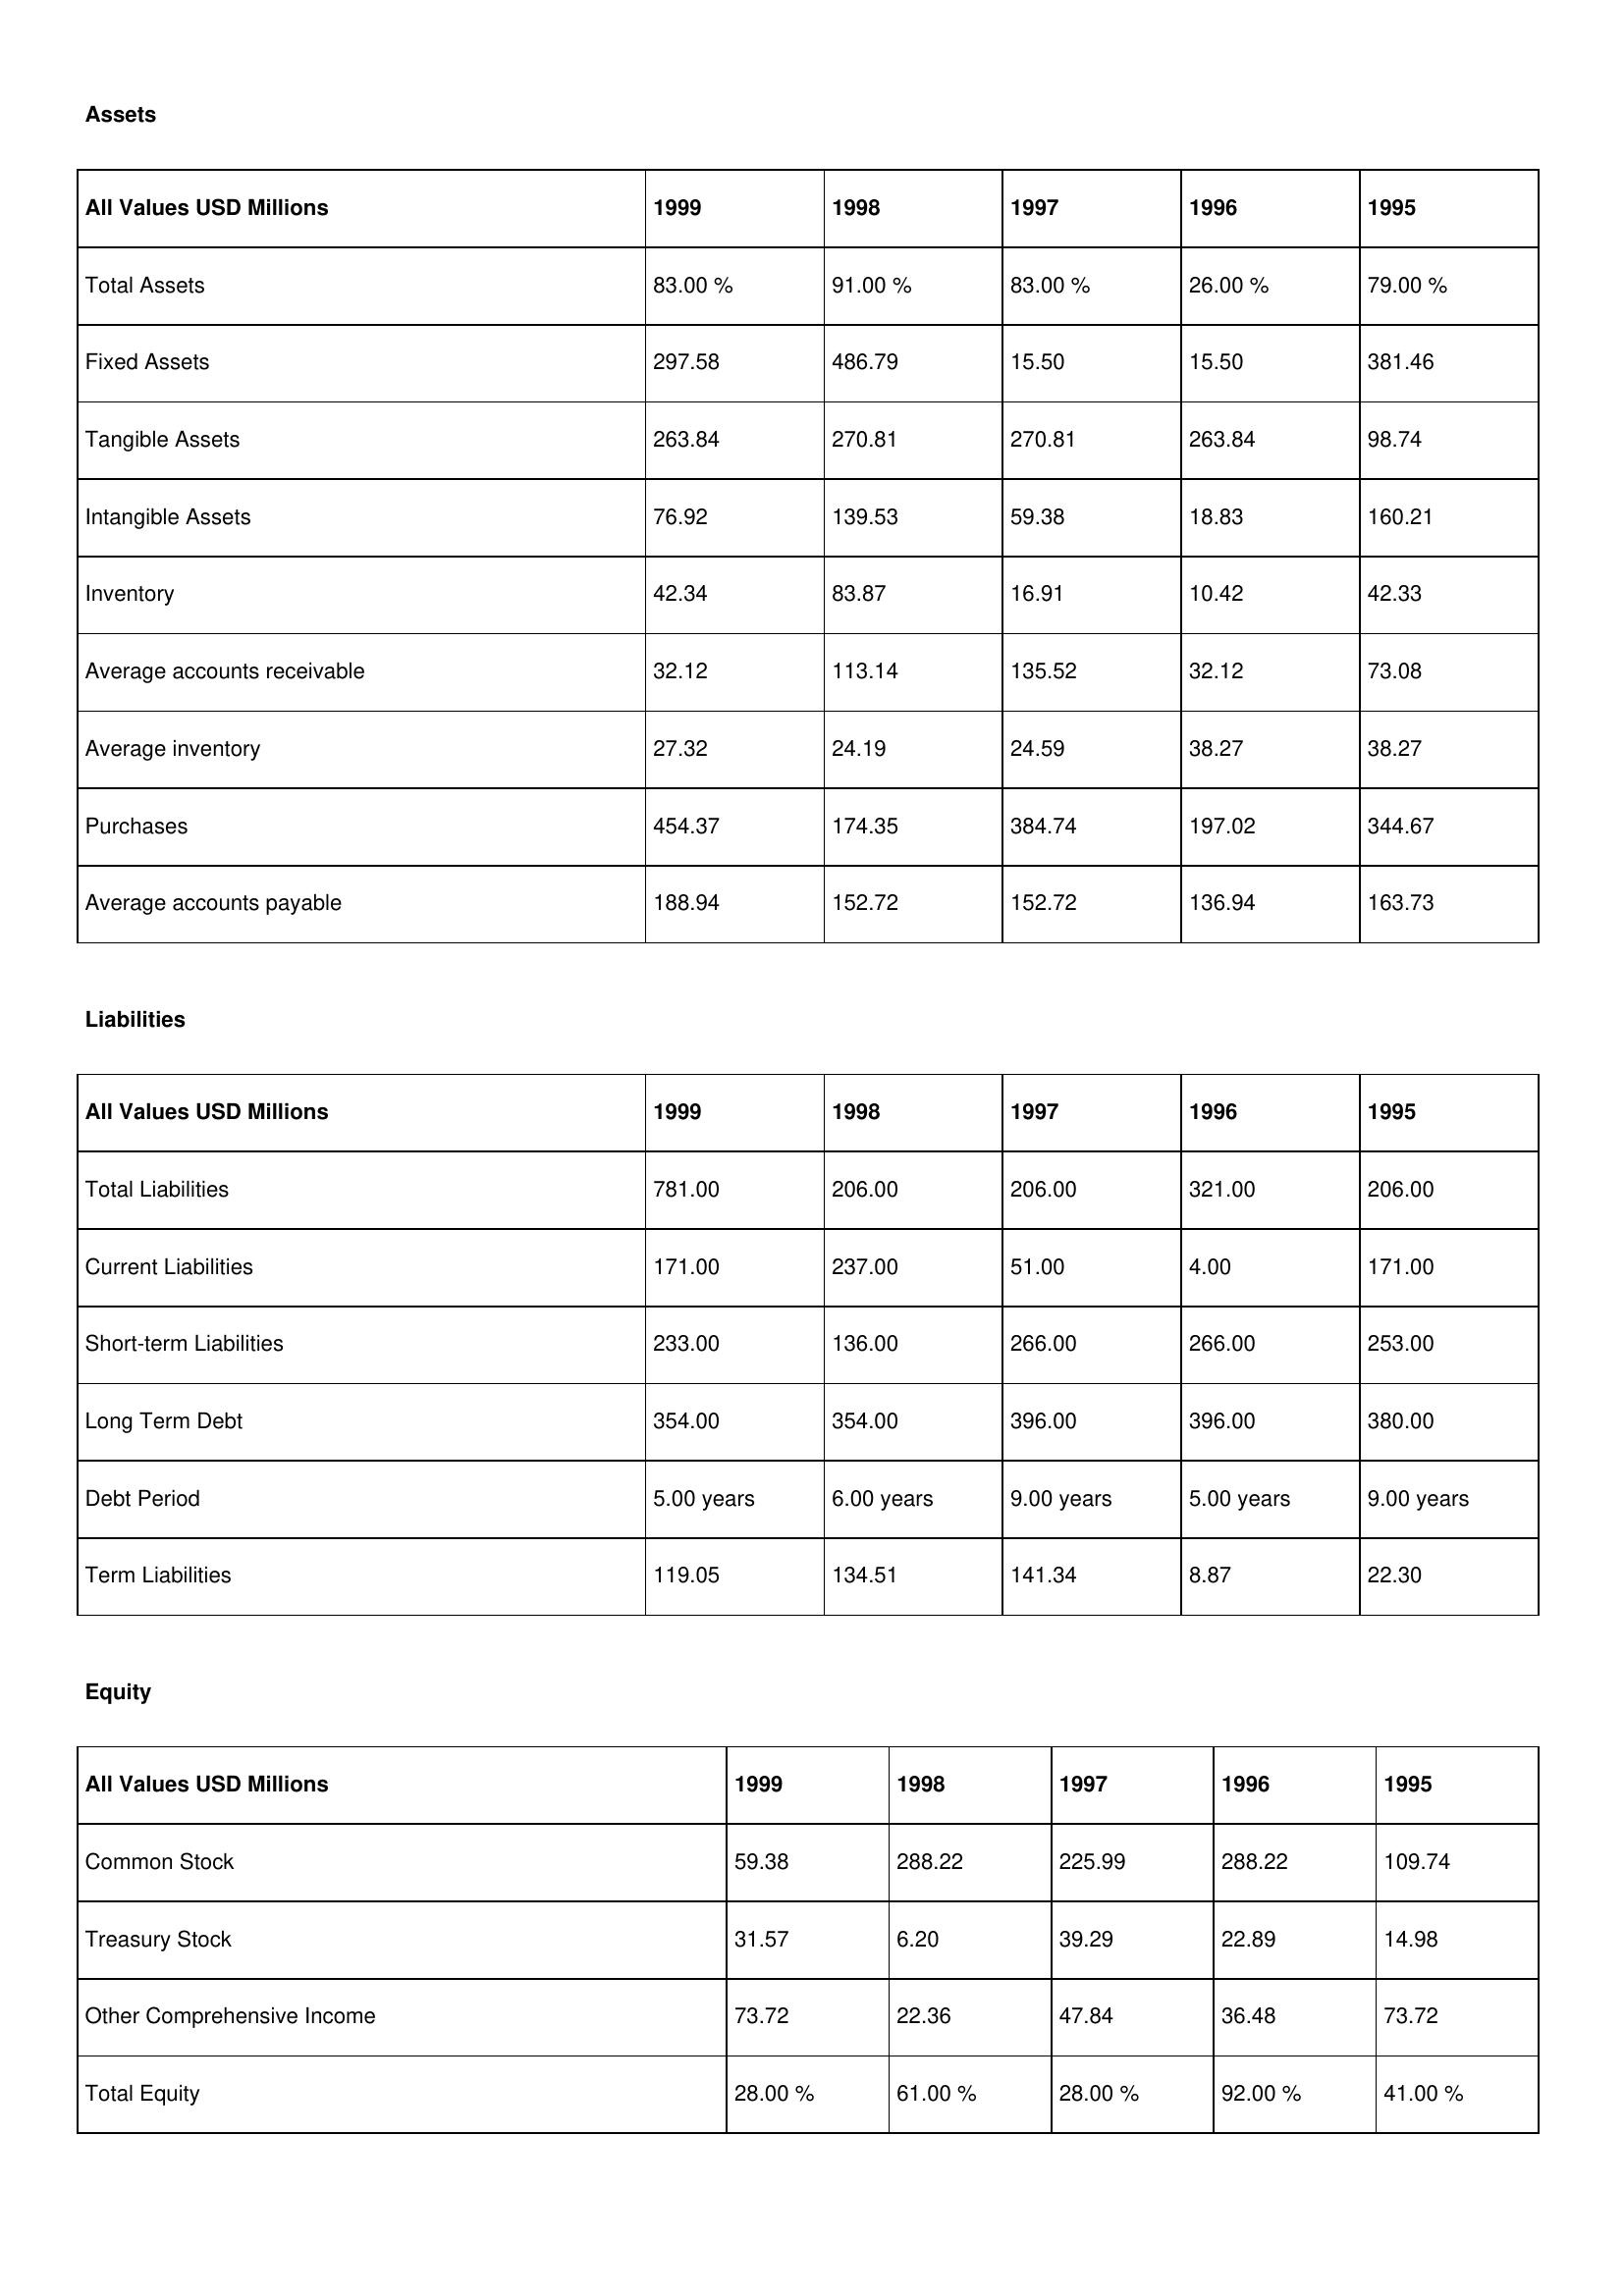
gt_parse: 1999: Assets: Total Assets: 83.00 %
Fixed Assets: 297.58
Tangible Assets: 263.84
Intangible Assets: 76.92
Inventory: 42.34
Average accounts receivable: 32.12
Average inventory: 27.32
Purchases: 454.37
Average accounts payable: 188.94
Liabilities: Total Liabilities: 781.00
Current Liabilities: 171.00
Short-term Liabilities: 233.00
Long Term Debt: 354.00
Debt Period: 5.00 years
Term Liabilities: 119.05
Equity: Common Stock: 59.38
Treasury Stock: 31.57
Other Comprehensive Income: 73.72
Total Equity: 28.00 %
1998: Assets: Total Assets: 91.00 %
Fixed Assets: 486.79
Tangible Assets: 270.81
Intangible Assets: 139.53
Inventory: 83.87
Average accounts receivable: 113.14
Average inventory: 24.19
Purchases: 174.35
Average accounts payable: 152.72
Liabilities: Total Liabilities: 206.00
Current Liabilities: 237.00
Short-term Liabilities: 136.00
Long Term Debt: 354.00
Debt Period: 6.00 years
Term Liabilities: 134.51
Equity: Common Stock: 288.22
Treasury Stock: 6.20
Other Comprehensive Income: 22.36
Total Equity: 61.00 %
1997: Assets: Total Assets: 83.00 %
Fixed Assets: 15.50
Tangible Assets: 270.81
Intangible Assets: 59.38
Inventory: 16.91
Average accounts receivable: 135.52
Average inventory: 24.59
Purchases: 384.74
Average accounts payable: 152.72
Liabilities: Total Liabilities: 206.00
Current Liabilities: 51.00
Short-term Liabilities: 266.00
Long Term Debt: 396.00
Debt Period: 9.00 years
Term Liabilities: 141.34
Equity: Common Stock: 225.99
Treasury Stock: 39.29
Other Comprehensive Income: 47.84
Total Equity: 28.00 %
1996: Assets: Total Assets: 26.00 %
Fixed Assets: 15.50
Tangible Assets: 263.84
Intangible Assets: 18.83
Inventory: 10.42
Average accounts receivable: 32.12
Average inventory: 38.27
Purchases: 197.02
Average accounts payable: 136.94
Liabilities: Total Liabilities: 321.00
Current Liabilities: 4.00
Short-term Liabilities: 266.00
Long Term Debt: 396.00
Debt Period: 5.00 years
Term Liabilities: 8.87
Equity: Common Stock: 288.22
Treasury Stock: 22.89
Other Comprehensive Income: 36.48
Total Equity: 92.00 %
1995: Assets: Total Assets: 79.00 %
Fixed Assets: 381.46
Tangible Assets: 98.74
Intangible Assets: 160.21
Inventory: 42.33
Average accounts receivable: 73.08
Average inventory: 38.27
Purchases: 344.67
Average accounts payable: 163.73
Liabilities: Total Liabilities: 206.00
Current Liabilities: 171.00
Short-term Liabilities: 253.00
Long Term Debt: 380.00
Debt Period: 9.00 years
Term Liabilities: 22.30
Equity: Common Stock: 109.74
Treasury Stock: 14.98
Other Comprehensive Income: 73.72
Total Equity: 41.00 %